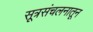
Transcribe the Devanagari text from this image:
सूत्रसंचलनातून